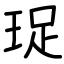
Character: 珿